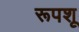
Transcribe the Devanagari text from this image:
रूपशू